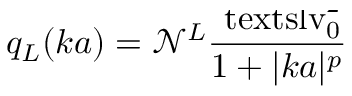
q _ { L } ( k a ) = \mathcal { N } ^ { L } \frac { \smash { \ensuremath { \mathrm { \ t e x t s l { v } } _ { 0 } } ^ { 2 } } } { 1 + | k a | ^ { p } }